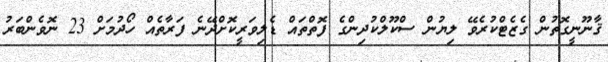
ޤާނޫނީގޮތުން ގެޒެޓްކުރެވޭ ލިޔުން ސްކޫލްކުދިންގެ ފޮތްތައް ޑެލިވަރީކޮށްދޭނެ ފަރާތެއް ހޯދުމަށް 23 ނޮވެންބަރު